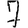
Digit: 7